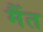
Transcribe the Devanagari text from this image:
मैंत